Civil Veterinary Department. Madras. Admin. report 1910-25 - 1910-1925
Year: 1910
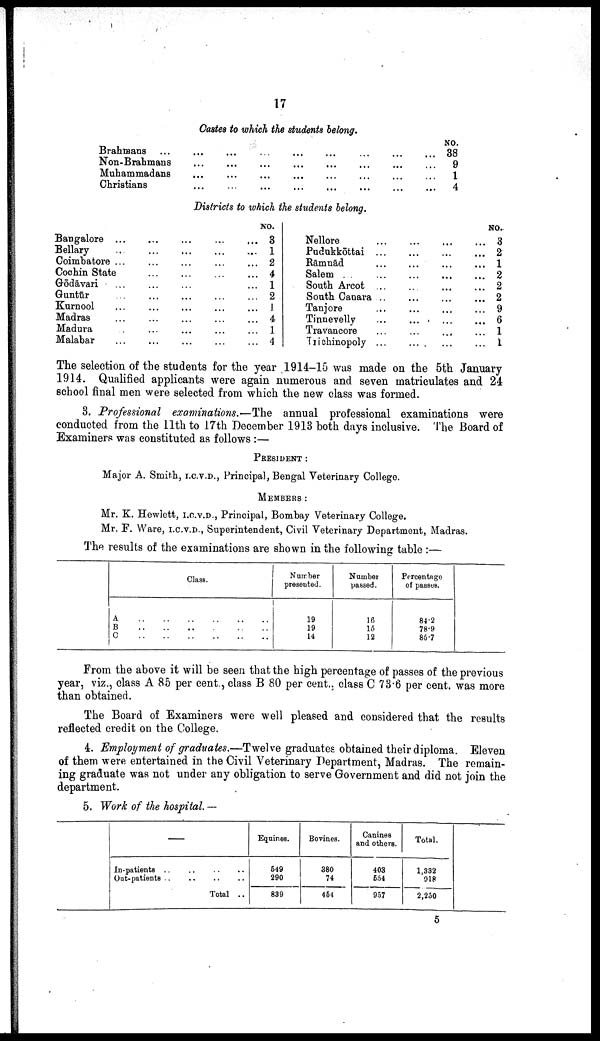
17
Castes to which the students belong.
Brahmans ... ... ... ... ... ... ...
Non-Brahmans ... ... ... ... ... ... ...
Muhammadans ... ... ... ... ... ... ...
Christians ... ... ... ... ... ... ...
NO.
38
9
1
4
Districts to which the students belong.
Bangalore ... ... ... ... ... ...
Bellary ... ... ... ... ... ...
Coimbatore ... ... ... ... ... ...
Cochin State ... ... ... ... ... ...
Gōdāvari ... ... ... ... ... ...
Guntūr ... ... ... ... ... ...
Kurnool ... ... ... ... ... ...
Madras ... ... ... ... ... ...
Madura ... ... ... ... ... ...
Malabar ... ... ... ... ... ...
NO.
3
1
2
4
1
2
1
4
1
4
Nellore ... ... ... ... ... ...
Pudukkōttai ... ... ... ... ... ...
Rāmnād ... ... ... ... ... ...
Salem ... ... ... ... ... ...
South Arcot ... ... ... ... ... ...
South Canara ... ... ... ... ... ...
Tanjore ... ... ... ... ... ...
Tinnevelly ... ... ... ... ... ...
Travancore ... ... ... ... ... ...
Trichinopoly .........
NO.
3
2
1
2
2
2
9
6
1
... 1
The selection of the students for the year 1914-15 was made on the 5th January
1914. Qualified applicants were again numerous and seven matriculates and 24
school final men were selected from which the new class was formed.
3. Professional examinations.—The annual professional examinations were
conducted from the 11th to 17th December 1913 both days inclusive. The Board of
Examiners was constituted as follows :—
PRISIDENT :
Major A. Smith, I.C.V.D., Principal, Bengal Veterinary College.
MEMBERS :
Mr. K. Hewlett, I.C.V.D., Principal, Bombay Veterinary College.
Mr. F. Ware, I.C.V.D., Superintendent, Civil Veterinary Department, Madras.
The results of the examinations are shown in the following table :—
Class.
A .. .. .. .. .. .. ..
B .. .. .. .. .. .. ..
C .. .. .. .. .. .. ..
Number
presented.
19
19
14
Number
passed.
16
15
12
Percentage
of passes.
84.2
78.9
857
From the above it will be seen that the high percentage of passes of the previous
year, viz., class A 85 per cent., class B 80 per cent., class C 73.6 per cent. was more
than obtained.
The Board of Examiners were well pleased and considered that the results
reflected credit on the College.
4. Employment of graduates.—Twelve graduates obtained their diploma. Eleven
of them were entertained in the Civil Veterinary Department, Madras. The remain
ing graduate was not under any obligation to serve Government and did not join the
department.
5. Work of the hospital. —
—
In-patients ..........
Out- patients ........
Total ..
Equines.
549
290
839
Bovines.
380
74
454
Canines
and others.
403
554
957
Total.
1,332
918
2,250
5